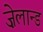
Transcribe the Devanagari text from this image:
ज़ेलान्ड